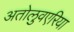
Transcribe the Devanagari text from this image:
अतोलुवएरिया